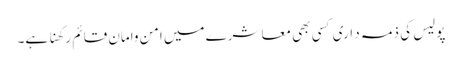
پولیس کی ذمہ د اری کسی بھی معا شرے میں امن وامان قائم رکھنا ہے۔